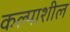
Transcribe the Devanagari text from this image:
कल्पाशील